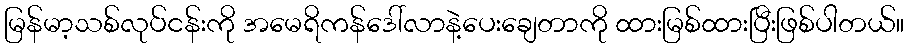
မြန်မာ့သစ်လုပ်ငန်းကို အမေရိကန်ဒေါ်လာနဲ့ပေးချေတာကို ထားမြစ်ထားပြီးဖြစ်ပါတယ်။